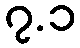
၇.၁